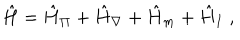
LaTeX: \hat { H } = \hat { H } _ { \Pi } + \hat { H } _ { \nabla } + \hat { H } _ { m } + \hat { H } _ { I } \; ,